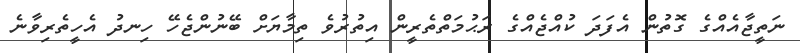
ނަތީޖާއެއްގެ ގޮތުން އެފަދަ ކުއްޖެއްގެ ރަޙުމަތްތެރީން އިތުރުވެ ތިމާޔަށް ބޭނުންޖެހޭ ހިނދު އެހީތެރިވާނެ